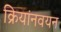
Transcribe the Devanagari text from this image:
क्रियांनवयन